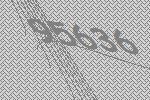
95636